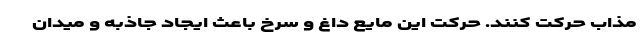
مذاب حرکت کنند. حرکت این مایع داغ و سرخ باعث ایجاد جاذبه و میدان